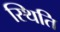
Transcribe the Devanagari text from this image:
स्थिति